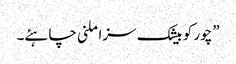
”چور کو بیشک سزا ملنی چاہئے۔